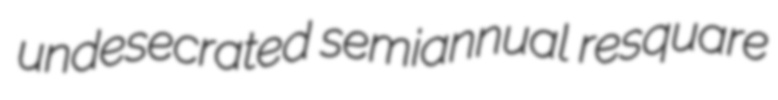
undesecrated semiannual resquare